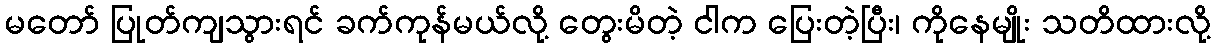
မတော် ပြုတ်ကျသွားရင် ခက်ကုန်မယ်လို့ တွေးမိတဲ့ ငါက ပြေးတဲ့ပြီး၊ ကိုနေမျိုး သတိထားလို့